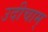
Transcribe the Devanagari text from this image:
उदीचाम्